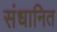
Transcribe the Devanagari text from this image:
संधानित